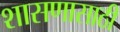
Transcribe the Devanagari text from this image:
शासणासाठी